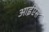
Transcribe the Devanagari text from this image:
आईऍस